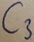
Text: C3